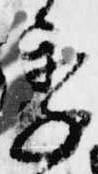
季